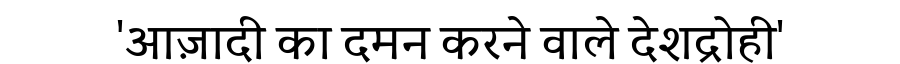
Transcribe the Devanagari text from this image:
'आज़ादी का दमन करने वाले देशद्रोही'